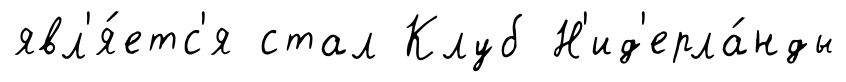
явл'я́етс'я стал Клуб Н'ид'ерла́нды